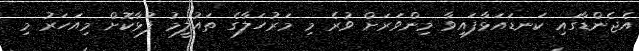
އެޖެންޑާގައި ކަނޑައަޅާފައިވާ މިންވަރަށް ވުރެ މި މަރުހަލާގެ ތައުލީމު ފުޅާކޮށް މިއަހަރު މި